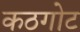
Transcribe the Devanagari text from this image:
कठगोट